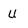
Character: U